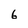
Character: 6